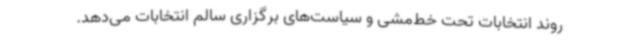
روند انتخابات تحت خط‌مشی و سیاست‌های برگزاری سالم انتخابات می‌دهد.